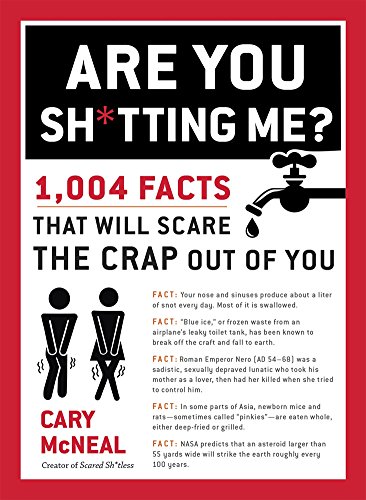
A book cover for Are You Sh*tting Me?: 1,004 Facts That Will Scare the Crap Out of You; Cary McNeal; Humor & Entertainment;